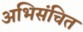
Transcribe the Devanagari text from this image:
अभिसंचित